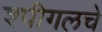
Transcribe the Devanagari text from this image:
श्पीगलचे